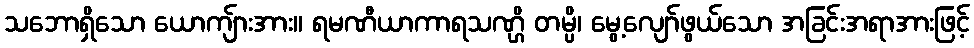
သဘောရှိသော ယောကျ်ားအား။ ရမဏီယာကာရသဏ္ဌိ တမ္ပိ၊ မွေ့လျော်ဖွယ်သော အခြင်းအရာအားဖြင့်